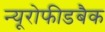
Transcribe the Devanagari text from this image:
न्यूरोफीडबैक